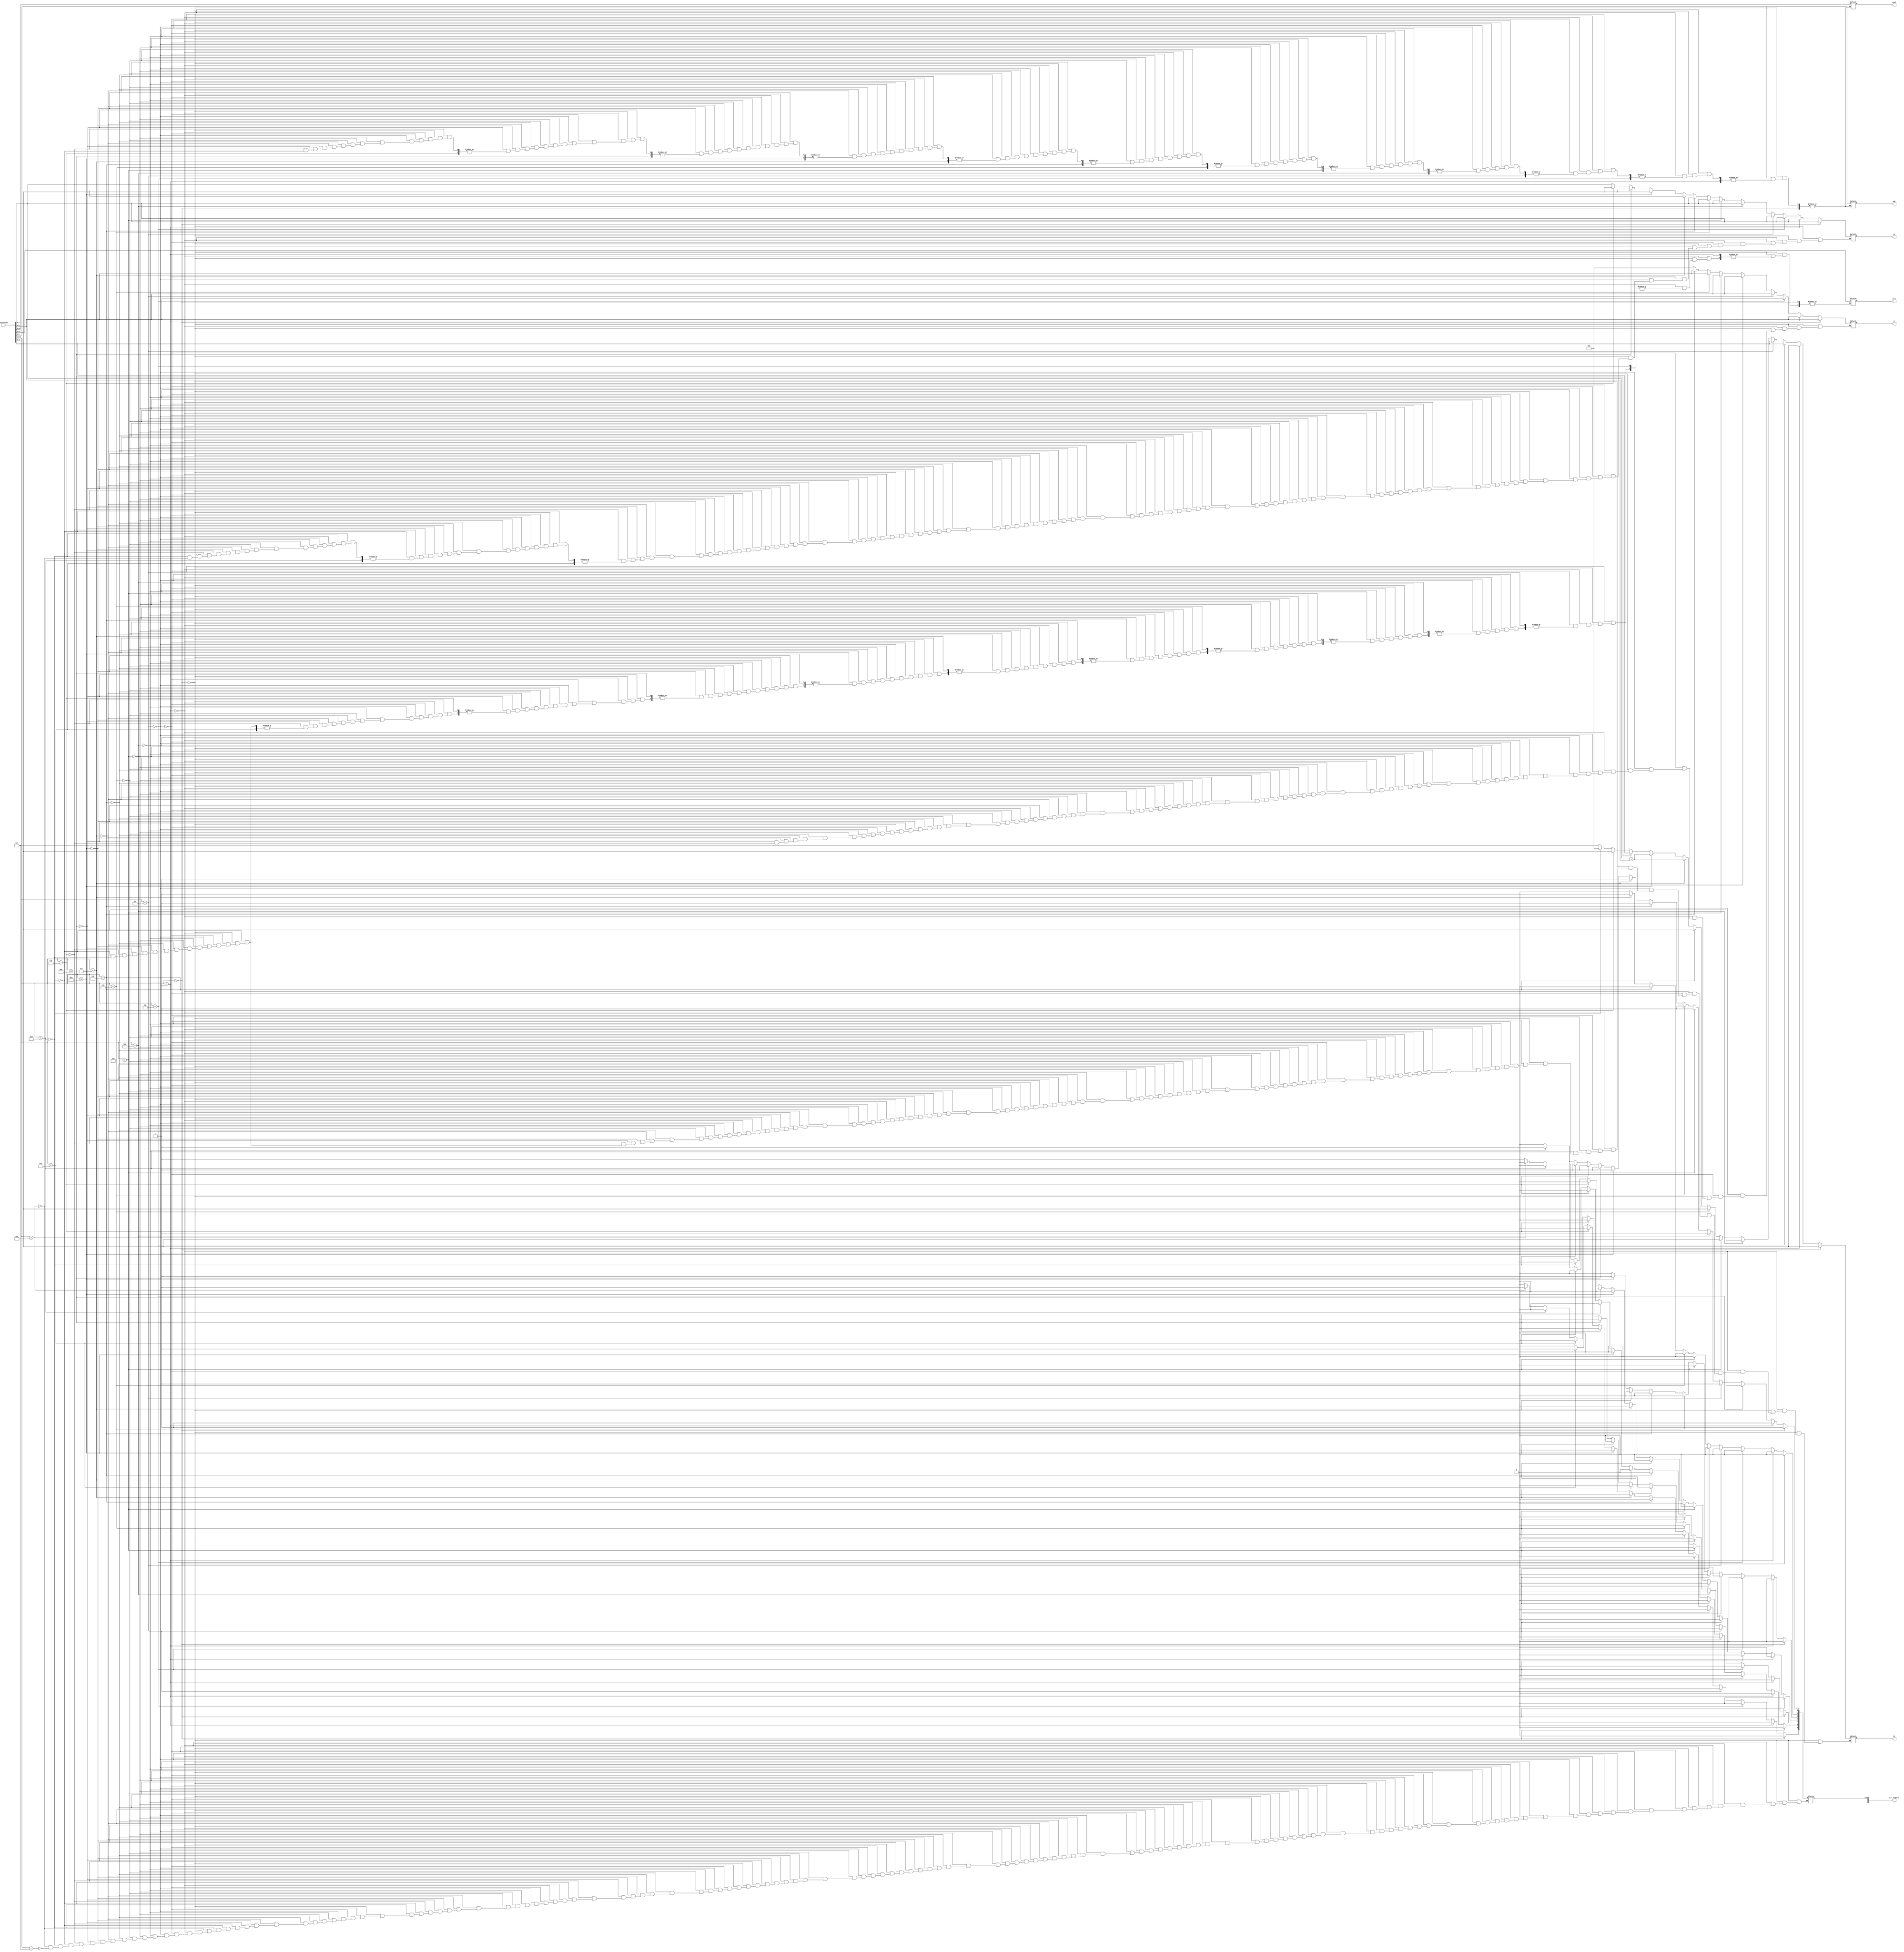
module Control(operation, rd, rs, rt,cond, ctrl_signals, call, imm);
input [15:0] operation;
output reg [7:0] ctrl_signals;
output reg [3:0] rd, rs, rt;
output reg [2:0] cond;
output reg [11:0] call;
output reg [8:0] imm;


localparam we = 0;
localparam memToreg =1;
localparam memWrite =2;
localparam halt = 3;
localparam jump = 4;
localparam jReg = 5;
localparam branch = 6;



always@(*) begin
   //ADD OP
    if(operation[15:12] == 4'b0000)
      begin
        rd = operation[11:8];
        rs = operation [7:4];
        rt = operation [3:0];
    	ctrl_signals[we] = 1;
    	ctrl_signals[memToreg] = 0;
        ctrl_signals[memWrite] = 0;
        ctrl_signals[halt] = 0;
		ctrl_signals[jump] = 0;
		ctrl_signals[jReg] = 0;
		ctrl_signals[branch] = 0;

	
      end

    //SUB OP
 else if(operation[15:12] == 4'b0001)
      begin
          rd = operation[11:8];
          rs = operation [7:4];
          rt = operation [3:0];
    	  ctrl_signals[we] = 1;
    	  ctrl_signals[memToreg] = 0;
    	 ctrl_signals[memWrite] = 0;	
    	 ctrl_signals[halt] = 0;
    	 ctrl_signals[jump] = 0;
    	 ctrl_signals[jReg] = 0;
    	 ctrl_signals[branch] = 0;
      end


      //NOR OP
 else if(operation[15:12] == 4'b0010)
      begin
        rd = operation[11:8];
        rs = operation [7:4];
        rt = operation [3:0];
    	ctrl_signals[we] = 1;
    	ctrl_signals[memToreg] = 0;
    	ctrl_signals[memWrite] = 0;
    	ctrl_signals[halt] = 0;
    	ctrl_signals[jump] = 0;
    	ctrl_signals[jReg] = 0;
    	ctrl_signals[branch] = 0;
      end

      //XOR OP
 else if(operation[15:12] == 4'b0011)
      begin
    	rd = operation[11:8];
        rs = operation [7:4];
        rt = operation [3:0];
    	ctrl_signals[we] = 1;
    	ctrl_signals[memToreg] = 0;
    	ctrl_signals[memWrite] = 0;
    	ctrl_signals[halt] = 0;
    	ctrl_signals[jump] = 0;
    	ctrl_signals[jReg] = 0;
    	ctrl_signals[branch] = 0;
      end


     //SLL OP
 else if(operation[15:12] == 4'b0100)
      begin
        rd = operation[11:8];
        rs = operation [7:4];
        rt = operation [3:0];
    	ctrl_signals[we] = 1;
    	ctrl_signals[memToreg] = 0;
    	ctrl_signals[memWrite] = 0;
    	ctrl_signals[halt] = 0;
    	ctrl_signals[jump] = 0;
    	ctrl_signals[jReg] = 0;
    	ctrl_signals[branch] = 0;
      end


     //SRA OP
 else if(operation[15:12] == 4'b0101)
    begin 
        rd = operation[11:8];
        rs = operation [7:4];
        rt = operation [3:0];
    	ctrl_signals[we] = 1;
    	ctrl_signals[memToreg] = 0;
    	ctrl_signals[memWrite] = 0;
    	ctrl_signals[halt] = 0;
    	ctrl_signals[jump] = 0;
    	ctrl_signals[jReg] = 0;
    	ctrl_signals[branch] = 0;
     end

     //ROR OP
 else if(operation[15:12] == 4'b0110)
    begin 
   	    rd = operation[11:8];
        rs = operation [7:4];
        rt = operation [3:0];
    	ctrl_signals[we] = 1;
    	ctrl_signals[memToreg] = 0;
    	ctrl_signals[memWrite] = 0;
    	ctrl_signals[halt] = 0;
    	ctrl_signals[jump] = 0;
    	ctrl_signals[jReg] = 0;
    	ctrl_signals[branch] = 0;
     end

     //PADDSB OP
 else if(operation[15:12] == 4'b0111)
    begin 
        rd = operation[11:8];
        rs = operation [7:4];
        rt = operation [3:0];
    	ctrl_signals[we] = 1;
    	ctrl_signals[memToreg] = 0;
    	ctrl_signals[memWrite] = 0;
    	ctrl_signals[halt] = 0;
    	ctrl_signals[jump] = 0;
    	ctrl_signals[jReg] = 0;
    	ctrl_signals[branch] = 0;
     
     end

    //LW OP
 else if(operation[15:12] == 4'b1000)
    begin 
  	    rd = operation[7:4]+ operation [3:0];
        rs = operation [11:8];
        rt = 0;
    	ctrl_signals[we] = 1;    
    	ctrl_signals[memToreg] = 1;
    	ctrl_signals[memWrite] = 0;
    	ctrl_signals[halt] = 0;
    	ctrl_signals[jReg] = 0;
    	ctrl_signals[jump] = 0;
    	ctrl_signals[branch] = 0;
    	end


        //SW OP
 else if(operation[15:12] == 4'b1001)
    begin 
      	rd = operation[7:4]+operation[3:0];
        rs = operation [11:8];
        rt = 0;
    	ctrl_signals[we] = 1;  
    	ctrl_signals[memToreg] = 0;
    	ctrl_signals[memWrite] = 1;
    	ctrl_signals[halt] = 0;
    	ctrl_signals[jump] = 0;
    	ctrl_signals[jReg] = 0;
    	ctrl_signals[branch] = 0;
    end


         //LHB OP
 else if(operation[15:12] == 4'b1010)
    begin 
  	    rd = operation[11:8];
        rs = operation[11:8];
        rt = 0;
    	ctrl_signals[we] = 1;    
    	ctrl_signals[memToreg] = 0;   
    	ctrl_signals[memWrite] = 0;
    	ctrl_signals[halt] = 0;
    	ctrl_signals[jReg] = 0;
    	ctrl_signals[jump] = 0;
    	ctrl_signals[branch] = 0;
    end

        //LLB OP
 else if(operation[15:12] == 4'b1011)
 begin 
  	    rd = operation[11:8];
        rs = operation[11:8];
        rt = 0;
    	ctrl_signals[we] = 1;
    	ctrl_signals[memToreg] = 0;   
    	ctrl_signals[memWrite] = 0;   
    	ctrl_signals[halt] = 0; 
    	ctrl_signals[jump] = 0;
    	ctrl_signals[jReg] = 0;
    	ctrl_signals[branch] = 0;
    end


    	//Branch
else if(operation[15:12] == 4'b1100)
 begin 
  	    cond = operation[11:9];
        imm = operation[8:0];
        rd = 0;
    	ctrl_signals[we] = 1;
    	ctrl_signals[memToreg] = 0;   
    	ctrl_signals[memWrite] = 0;   
    	ctrl_signals[halt] = 0; 
    	ctrl_signals[jReg] = 0;
    	ctrl_signals[jump] = 0;
    	ctrl_signals[branch] = 1;
    end


   	//CALL
else if(operation[15:12] == 4'b1101)
 begin 
  	    call = operation[11:0];
  	    rd = 4'b1111;
    	ctrl_signals[we] = 1;
    	ctrl_signals[memToreg] = 0;   
    	ctrl_signals[memWrite] = 0;   
    	ctrl_signals[halt] = 0; 
    	ctrl_signals[jump] = 1;
    	ctrl_signals[jReg] = 0;
    	ctrl_signals[branch] = 0;
    end


   	//RET
else if(operation[15:12] == 4'b1110)
 begin 
        rs = operation[7:4];
    	ctrl_signals[we] = 0;
    	ctrl_signals[memToreg] = 0;   
    	ctrl_signals[memWrite] = 0;   
    	ctrl_signals[halt] = 0; 
    	ctrl_signals[jReg] = 1;
    	ctrl_signals[jump] = 0;
    	ctrl_signals[branch] = 0;
    end



   	//HALT
else if(operation[15:12] == 4'b1111)
 begin 
  	   
    	ctrl_signals[we] = 0;
    	ctrl_signals[memToreg] = 0;   
    	ctrl_signals[memWrite] = 0;   
    	ctrl_signals[halt] = 1; 
    	ctrl_signals[jump] = 0;
    	ctrl_signals[jReg] = 0;
    	ctrl_signals[branch] = 0;
    end



end //if statements





endmodule